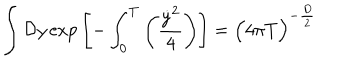
\int { \cal D } y \, \mathrm { e x p } \left[ - \int _ { 0 } ^ { T } \left( { \frac { { \dot { y } } ^ { 2 } } { 4 } } \right) \right] = { \Bigl ( 4 \pi T \Bigr ) } ^ { - { \frac { D } { 2 } } }